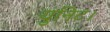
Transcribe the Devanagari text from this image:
युनिट।